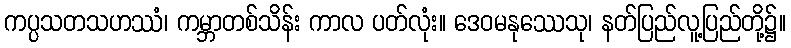
ကပ္ပသတသဟဿံ၊ ကမ္ဘာတစ်သိန်း ကာလ ပတ်လုံး။ ဒေဝမနုဿေသု၊ နတ်ပြည်လူ့ပြည်တို့၌။